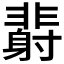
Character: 𲊙